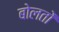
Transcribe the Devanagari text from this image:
बोलतों